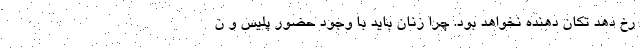
رخ دهد تکان دهنده نخواهد بود. چرا زنان باید با وجود حضور پلیس و ن